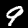
Digit: 9